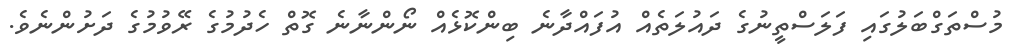
މުސްތަގްބަލުގައި ފަލަސްތީނުގެ ދައުލަތެއް އުފައްދާނެ ބިންކޮޅެއް ނޯންނާނެ ގޮތް ހެދުމުގެ ރޭވުމުގެ ދަށުންނެވެ.